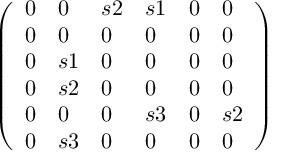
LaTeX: \left( \begin{array} { l l l l l l } { { 0 } } & { { 0 } } & { { s 2 } } & { { s 1 } } & { { 0 } } & { { 0 } } \\ { { 0 } } & { { 0 } } & { { 0 } } & { { 0 } } & { { 0 } } & { { 0 } } \\ { { 0 } } & { { s 1 } } & { { 0 } } & { { 0 } } & { { 0 } } & { { 0 } } \\ { { 0 } } & { { s 2 } } & { { 0 } } & { { 0 } } & { { 0 } } & { { 0 } } \\ { { 0 } } & { { 0 } } & { { 0 } } & { { s 3 } } & { { 0 } } & { { s 2 } } \\ { { 0 } } & { { s 3 } } & { { 0 } } & { { 0 } } & { { 0 } } & { { 0 } } \end{array} \right)